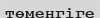
төменгіге